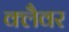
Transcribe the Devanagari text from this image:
क्लैवर